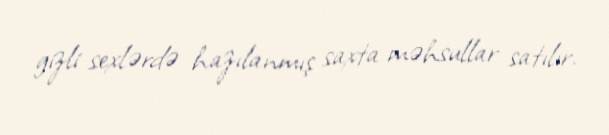
gizli sexlərdə hazılanmış saxta məhsullar satılır.